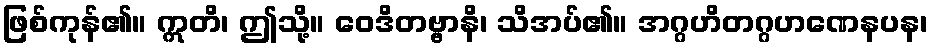
ဖြစ်ကုန်၏။ ဣတိ၊ ဤသို့။ ဝေဒိတဗ္ဗာနိ၊ သိအပ်၏။ အဂ္ဂဟိတဂ္ဂဟဏေနပန၊